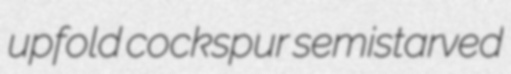
upfold cockspur semistarved